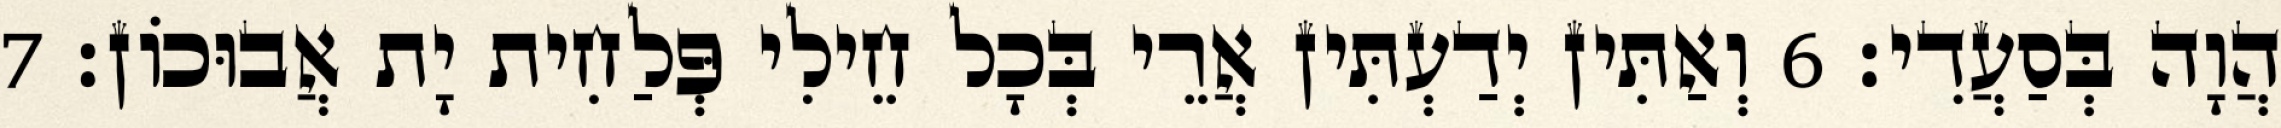
הֲוָה בְּסַעֲדִי׃ 6 וְאַתִּין יְדַעְתִּין אֲרֵי בְּכָל חֵילִי פְּלַחִית יָת אֲבוּכוֹן׃ 7